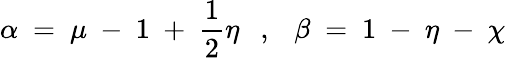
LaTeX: \alpha~=~\mu~-~1~+~\frac{1}{2}\eta~~~,~~~\beta~=~1~-~\eta~-~\chi